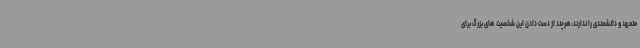
متعهد و دانشمندی را ندارند،هرچند از دست دادن این شخصیت های بزرگ برای